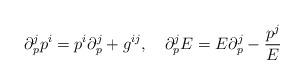
LaTeX: \begin{align*}\partial_p^j p^i = p^i \partial^j_p + g^{ij},\quad \partial_p^j E = E \partial_p^j - \frac{p^j}{E}\end{align*}